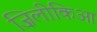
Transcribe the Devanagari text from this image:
ज़िलीकिआ